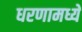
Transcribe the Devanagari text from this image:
धरणामध्ये